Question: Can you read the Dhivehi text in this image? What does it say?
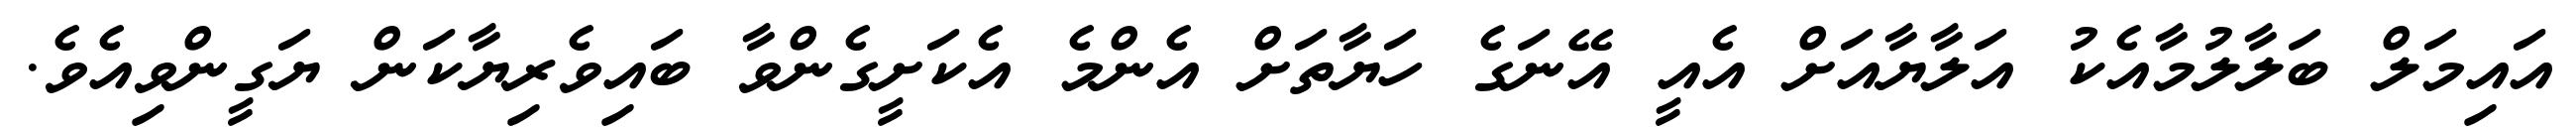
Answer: އައިމަލް ބަލާލުމާއެކު އަލާޔާއަށް އެއީ އޭނަގެ ހަޔާތަށް އެންމެ އެކަށީގެންވާ ބައިވެރިޔާކަން ޔަގީންވިއެވެ.